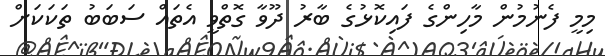
މިމީ ފެނުމުން މާހިންގެ ފައިކޮޅުގެ ބާރު ދޫވާ ގޮތްވީ އެތައް ސަބަބު ތަކަކަށް